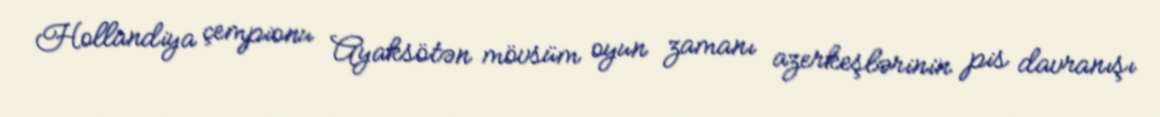
Hollandiya çempionu Ayaksötən mövsüm oyun zamanı azerkeşlərinin pis davranışı